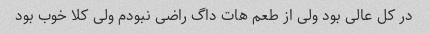
در کل عالی بود ولی از طعم هات داگ راضی نبودم ولی کلا خوب بود